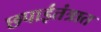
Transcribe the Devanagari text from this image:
छपाईतंत्रात